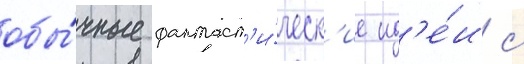
обы́чные фантаст'и́ческ'ие ид'е́и с